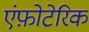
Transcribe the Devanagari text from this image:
एंफ़ोटेरिक